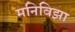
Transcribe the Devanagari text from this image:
मनिविझा